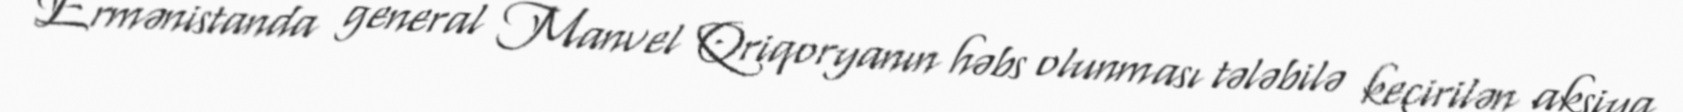
Ermənistanda general Manvel Qriqoryanın həbs olunması tələbilə keçirilən aksiya